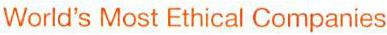
World's Most Ethical Companies